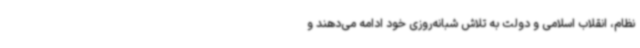
نظام، انقلاب اسلامی و دولت به تلاش شبانه‌روزی خود ادامه می‌دهند و